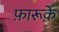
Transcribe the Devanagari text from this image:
फ़ारूक़े